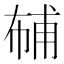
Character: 𱜮